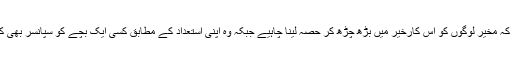
انہوں نے کہا کہ مخیر لوگوں کو اس کارخیر میں بڑھ چڑھ کر حصہ لینا چاہیے جبکہ وہ اپنی استعداد کے مطابق کسی ایک بچے کو سپانسر بھی کر سکتے ہیں۔